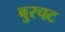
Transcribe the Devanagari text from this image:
बुरचट